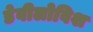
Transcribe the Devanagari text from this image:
डेवीलोविश